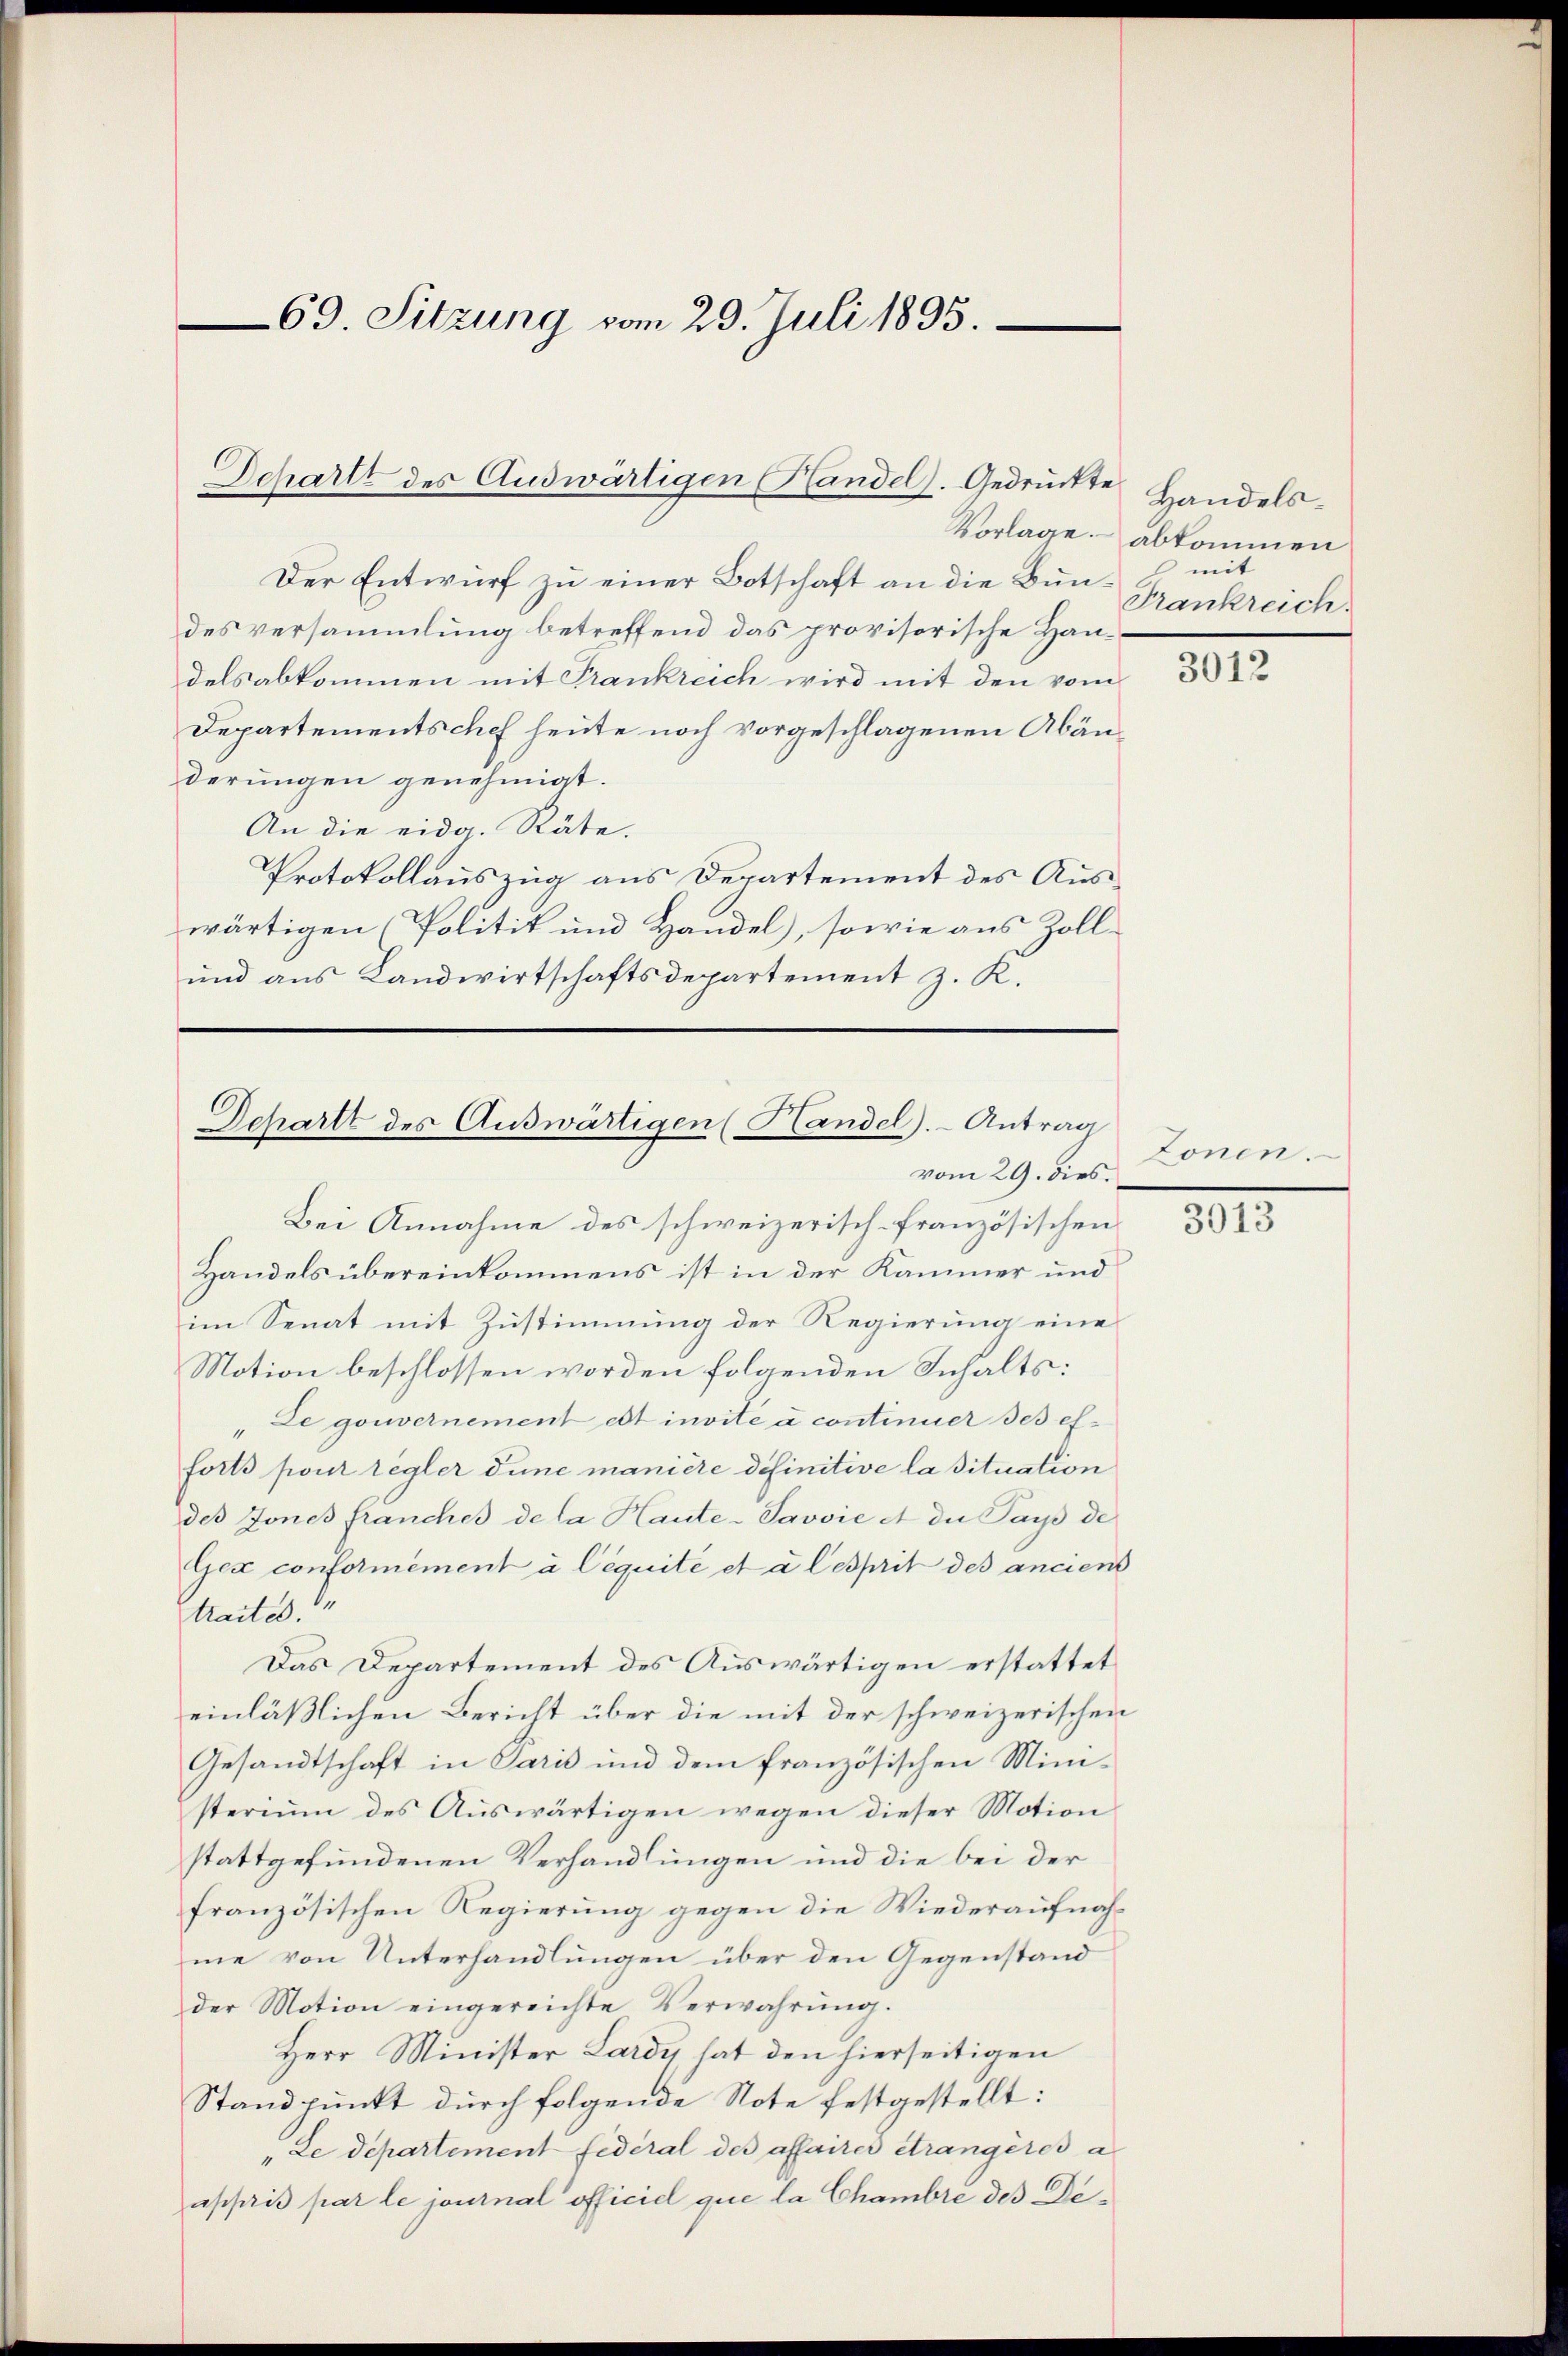
69. Sitzung vom 29. Juli 1895.

Schartt des Audwärtigen Handel. Gedrückte

Der Entwurf zu einer Botschaft an die Bundes versammlung betreffend das provisorische Handels abkommen mit Frankreich wird mit den vom
Departementschef heute noch vorgeschlagenen Abänderungen genehmigt.
An die eidg. Räte.
Protokollauszug aus Departement des Auswärtigen (Politik und Handel), sowie aus Zoll¬
und aus Landwirtschaftsdepartement z. K.

Schartt des Auswärtigen (Handel. - Antrag
vom 29. dies

Vorlage abkommen

Bei Annahme des schweizerisch-französischen
Handels übereinkommens ist in der Kammer und
im Senat mit Zustimmung der Regierung eine
Motion beschlossen worden folgenden Inhalts:
"Le gouvernement est invite a continuer des efforts pour regler dune manière definitive la situation
des Jones franches de la Haute-Savvie et der Pays de
Gex conformément à Céquité et à lesprit des anciens
traites.
Das Departement des Auswärtigen erstattet
einläßlichen Bericht über die mit der schweizerischen
Gesandtschaft in Paris und dem französischen Ministerium des Auswärtigen wegen dieser Motion
stattgefundenen Verhandlungen und die bei der
französischen Regierung gegen die Wiederaufnahme von Unterhandlungen über den Gegenstand
der Motion eingereichte Verwahrŭng.
Herr Minister Lardy hat den hierseitigen
Standpunkt durch folgende Note festgestellt:
Le Departement fédéral des affaires étrangères a
appris par le journal officiel que la Chambre des De¬

Handelsmit
Frankreich.

3012

Zonen.

3013